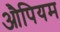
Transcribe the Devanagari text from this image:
औपियम